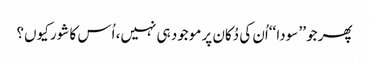
پھر جو ’’ سودا ‘‘اُن کی دُکان پر موجود ہی نہیں، اُس کا شور کیوں؟